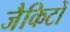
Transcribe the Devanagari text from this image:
जैकिटों